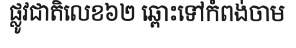
ផ្លូវជាតិលេខ៦២ ឆ្ពោះទៅកំពង់ចាម